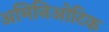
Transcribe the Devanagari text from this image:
अमिनिओटिक